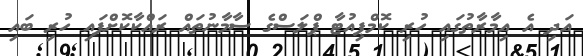
އަދި އެ އިމާރާތުގައި ހުރި ކޮމްޕިއުޓާ ޕްލަސްގެ ސާމާނުތައް ރައްކާކޮށްފައި ހުރި ބައި